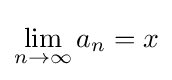
\lim _{n\to \infty }a_{n}=x